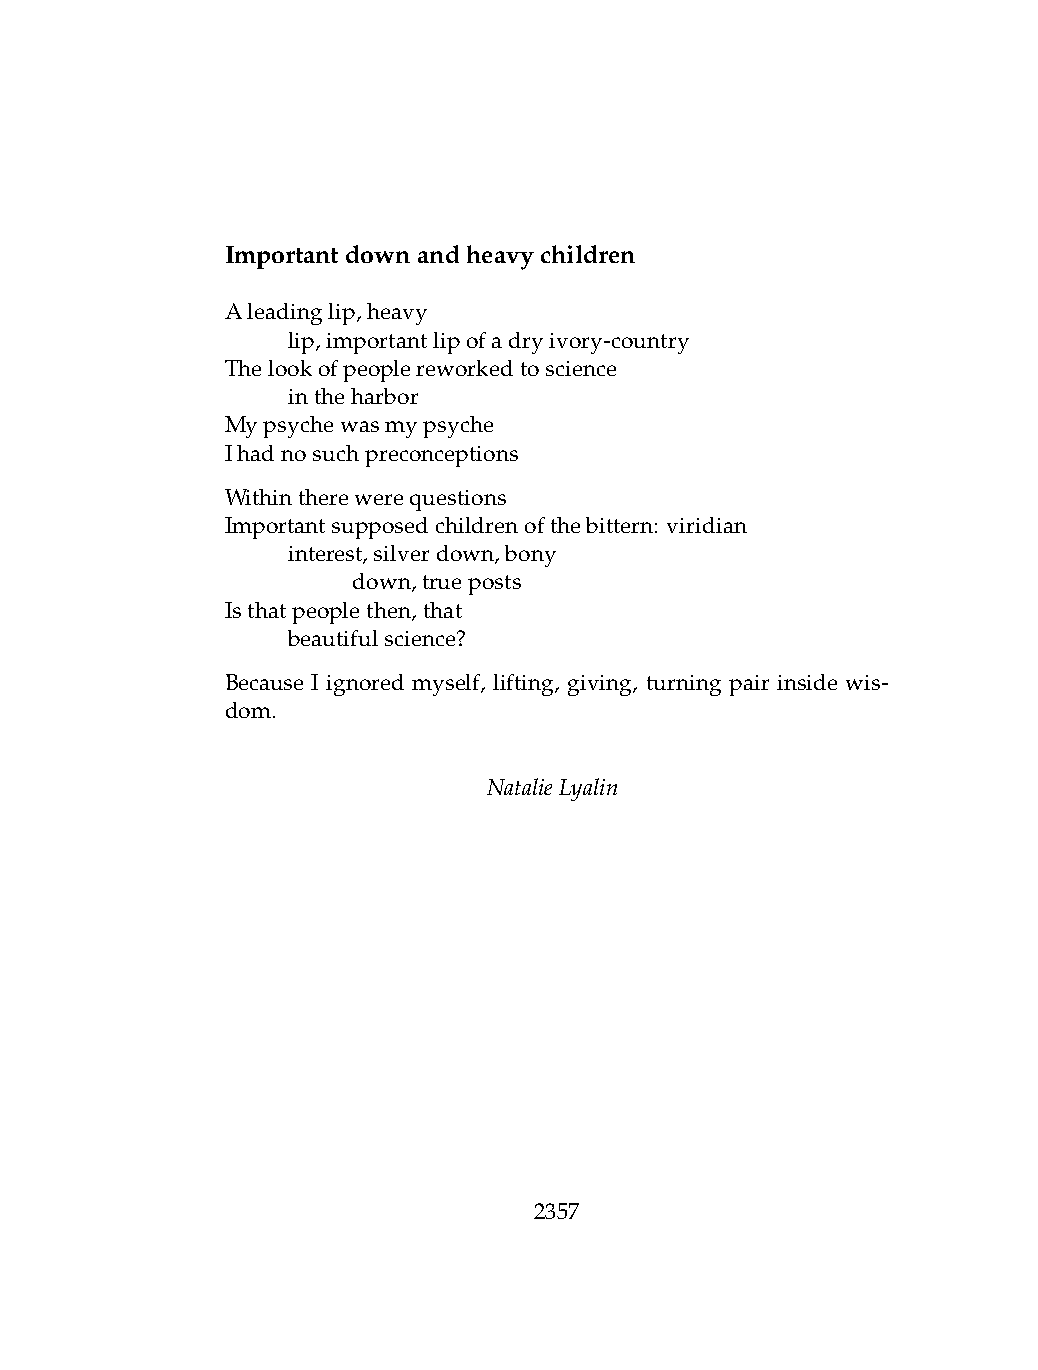
Importantdownandheavychildren
 Aleadinglip,heavy
 .   lip,importantlipofadryivory-country
 Thelookofpeoplereworkedtoscience
 .   intheharbor
 Mypsychewasmypsyche
 Ihadnosuchpreconceptions
 Withintherewerequestions
 Importantsupposedchildrenofthebittern: viridian
 .   interest,silverdown,bony
 .   .   down,trueposts
 Isthatpeoplethen,that
 .   beautifulscience?
 Because I ignored myself, lifting, giving, turning pair inside wis-
 dom.
 NatalieLyalin
 2357